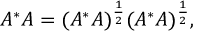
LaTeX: A ^ { * } A = ( A ^ { * } A ) ^ { \frac { 1 } { 2 } } ( A ^ { * } A ) ^ { \frac { 1 } { 2 } } ,